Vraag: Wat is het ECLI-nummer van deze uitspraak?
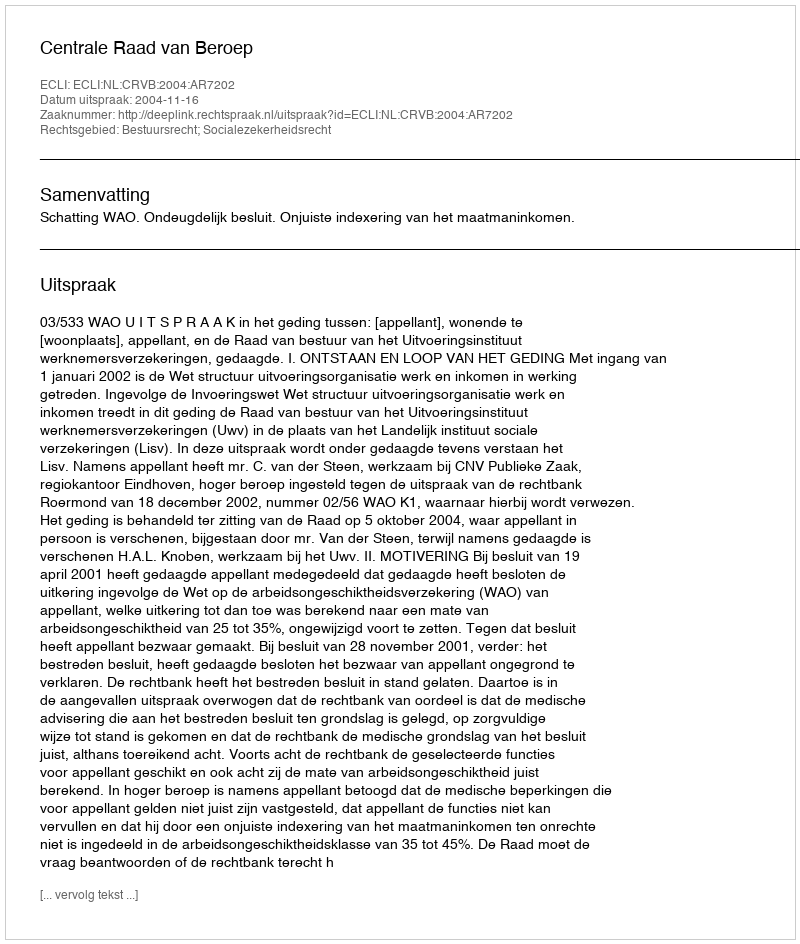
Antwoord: ECLI:NL:CRVB:2004:AR7202